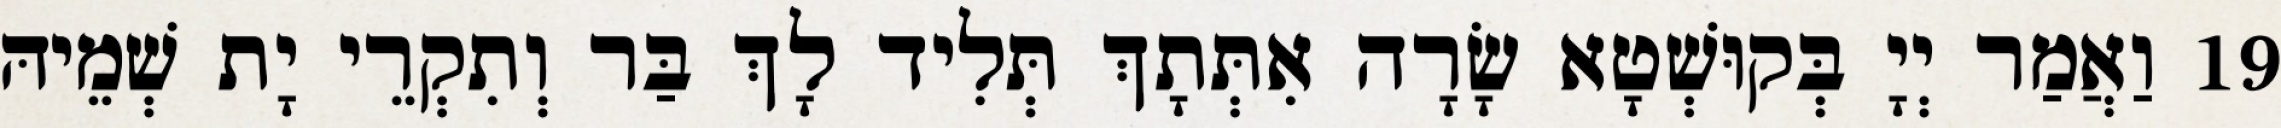
19 וַאֲמַר יְיָ בְּקוּשְׁטָא שָׂרָה אִתְּתָךְ תְּלִיד לָךְ בַּר וְתִקְרֵי יָת שְׁמֵיהּ